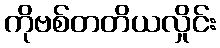
ကိုဗစ်တတိယလှိုင်း